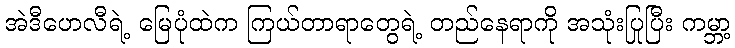
အဲဒီဟေလီရဲ့ မြေပုံထဲက ကြယ်တာရာတွေရဲ့ တည်နေရာကို အသုံးပြုပြီး ကမ္ဘာ့